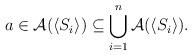
LaTeX: \begin{align*}a \in \mathcal{A}(\langle S_i \rangle) \subseteq \bigcup_{i=1}^n \mathcal{A}(\langle S_i \rangle).\end{align*}